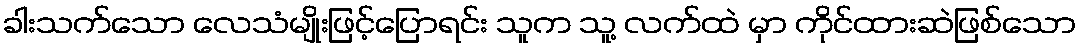
ခါးသက်သော လေသံမျိုးဖြင့်ပြောရင်း သူက သူ့ လက်ထဲ မှာ ကိုင်ထားဆဲဖြစ်သော